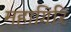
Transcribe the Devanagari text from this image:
महागिरि